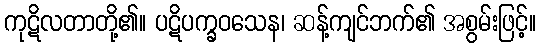
ကုဋိလတာတို့၏။ ပဋိပက္ခဝသေန၊ ဆန့်ကျင်ဘက်၏ အစွမ်းဖြင့်။